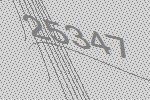
25347